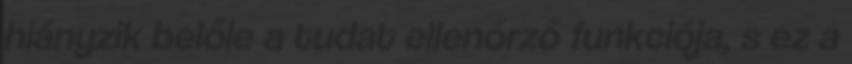
hiányzik belőle a tudat ellenőrző funkciója, s ez a